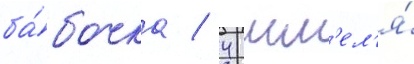
ба́бочка / 4 шм'ел'я́